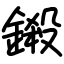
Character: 鎩